Annual report of the Imperial Bacteriologist
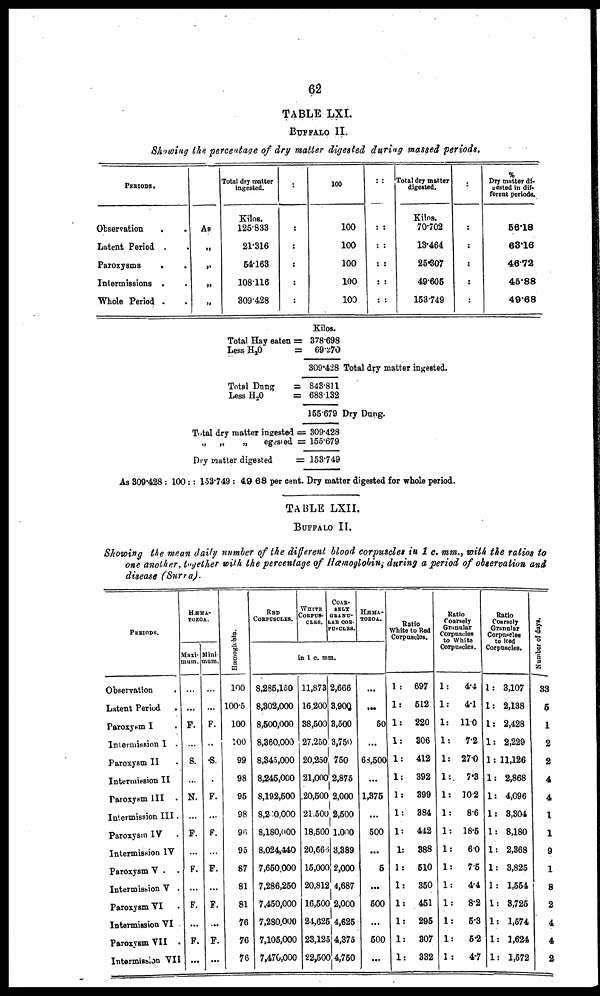
62
TABLE LXI.
BUFFALO II.
Showing the percentage of dry matter digested during massed periods.
PERIODS.
Observation .
Latent Period .
Paroxysms
.
Intermissions .
Whole Period .
.
.
.
.
.
As
„
„
„
„
Total dry matter
ingested.
Kilos.
125.833
21.316
54.163
108.116
309.428
:
:
:
:
:
:
100
100
100
100
100
100
::
::
::
::
::
::
Total dry matter
digested.
Kilos.
70.702
13.464
25.307
49.605
153.749
:
:
:
:
:
:
%
Dry matter di¬
gested in dif-
ferent periods.
56.18
63.16
46.72
45.88
40.68
Total Hay eaten =
Less
H 2 O
=
Total Dung
=
Less H 2 O
=
Total dry matter invested =
„
„
„
egesied =
Dry matter digested
=
Kilos.
378.698
69.270
309.428 Total dry matter ingested.
843.811
688.132
155.679 Dry Dung.
309.428
155.679
153.749
As 309.428 : 100 :: 153.749 : 49.68 per cent. Dry matter digested for whole period.
TABLE LXII.
BUFFALO II.
Showing the mean daily number of the different blood corpuscles in 1 c. mm., with the ratios to
one another, together with the percentage of Hæmoglobin; during a period of observation and
disease (Surra).
PERIODS.
Observation .
Latent Period .
Paroxysm I .
Intermission I .
Paroxysm II
Intermission II
Paroxysm III .
Intermission III.
Paroxysm IV .
Intermission IV
Paroxysm V . .
Intermission V .
Paroxysm VI .
Intermission VI .
Paroxysm VII .
Intermission VII
HÆMA¬
TOZOA.
Maxi¬
mum.
...
...
F.
...
S.
...
N.
...
F.
...
F.
...
F.
...
F.
...
Mini¬
mum.
...
...
F.
...
S.
...
F.
...
F.
...
F.
...
F.
...
F.
...
Hæmoglobin.
100
100.5
100
100
99
98
95
98
96
95
87
81
81
76
76
76
RED
CORPUSCLES.
WHITE
CORPUS-
CLES.
COAR.
SELY
GRANU¬
LAB COB.
PUNCLZS.
HÆMA¬
TOZOA.
in 1 c. mm.
8,285,150
8,302,000
8,500,000
8,360,000
8,345,000
8,245,000
8,192,500
8,240,000
8,180,000
8,024,440
7,650,000
7,286,250
7,450,000
7,280,000
7,105,000
7,470,000
11,873
16,200
38,500
27,250
20,250
21,000
20,500
21,500
18,500
20,666
15,000
20,812
16,500
24,625
23,125
22,500
2,666
3,900
3,500
3,750
750
2,875
2,000
2,500
1,000
3,389
2,000
4,687
2,000
4,625
4,375
4,750
...
...
50
...
68,500
...
1,375
...
500
...
5
...
500
...
500
...
Ratio
White to Red
Corpuscles.
1:
1:
1:
1:
1:
1:
1:
1:
1:
1:
1:
1:
1:
1:
1:
1:
697
512
220
306
412
392
399
384
442
388
510
350
451
295
307
332
Ratio
Coarsely
Granular
Corpuscles
to White
Corpuscles.
1:
4.4
1:
4.1
1: 11.0
1:
7.2
1: 27.0
1:
7.3
1: 10.2
1:
8.6
1: 18.5
1:
6.0
1:
7.5
1:
4.4
1:
8.2
1:
5.3
1:
5.2
1:
4.7
Ratio
Coarsely
Granular
Corpniteles
to Red
Corpuscles.
1: 3,107
1: 2,138
1: 2,428
1: 2,229
1: 11,126
1: 2,868
1: 4,096
1: 3,304
1: 8,180
1: 2,368
1: 3,825
1: 1,554
1: 3,725
1: 1,574
1: 1,624
1: 1,572
Number of days.
33
5
1
2
2
4
4
1
1
9
1
8
2
4
4
2